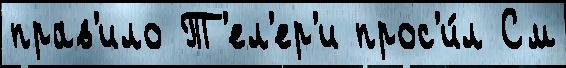
прав'ило Т'ел'ер'и прос'и́л См